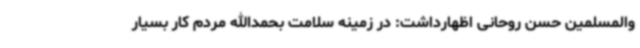
والمسلمین حسن روحانی اظهارداشت: در زمینه سلامت بحمدالله مردم کار بسیار